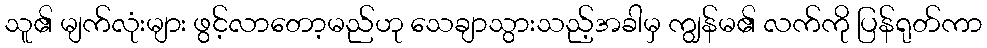
သူ၏ မျက်လုံးများ ဖွင့်လာတော့မည်ဟု သေချာသွားသည့်အခါမှ ကျွန်မ၏ လက်ကို ပြန်ရုတ်ကာ